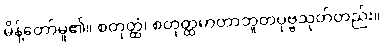
မိန့်တော်မူ၏။ စတုတ္ထံ၊ စတုတ္ထမာတာဘူတပုဗ္ဗသုတ်တည်း။